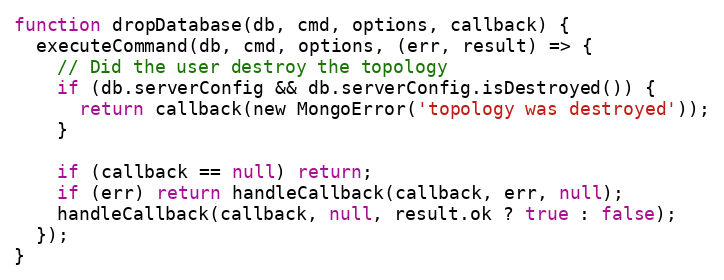
Language: JavaScript
function dropDatabase(db, cmd, options, callback) {
  executeCommand(db, cmd, options, (err, result) => {
    // Did the user destroy the topology
    if (db.serverConfig && db.serverConfig.isDestroyed()) {
      return callback(new MongoError('topology was destroyed'));
    }

    if (callback == null) return;
    if (err) return handleCallback(callback, err, null);
    handleCallback(callback, null, result.ok ? true : false);
  });
}